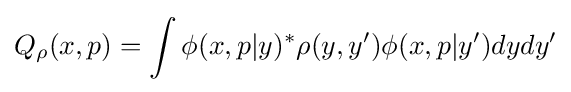
Q_{\rho }(x,p)=\int \phi (x,p|y)^{*}\rho (y,y')\phi (x,p|y')dydy'